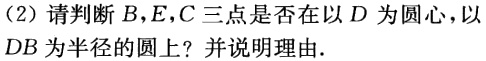
(2) 请判断\(B,E,C\)三点是否在以\(D\)为圆心，以\(DB\)为半径的圆上？并说明理由.